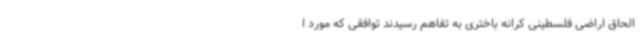
الحاق اراضی فلسطینی کرانه باختری به تفاهم رسیدند توافقی که مورد ا